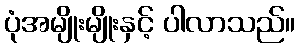
ပုံအမျိုးမျိုးနှင့် ပါလာသည်။